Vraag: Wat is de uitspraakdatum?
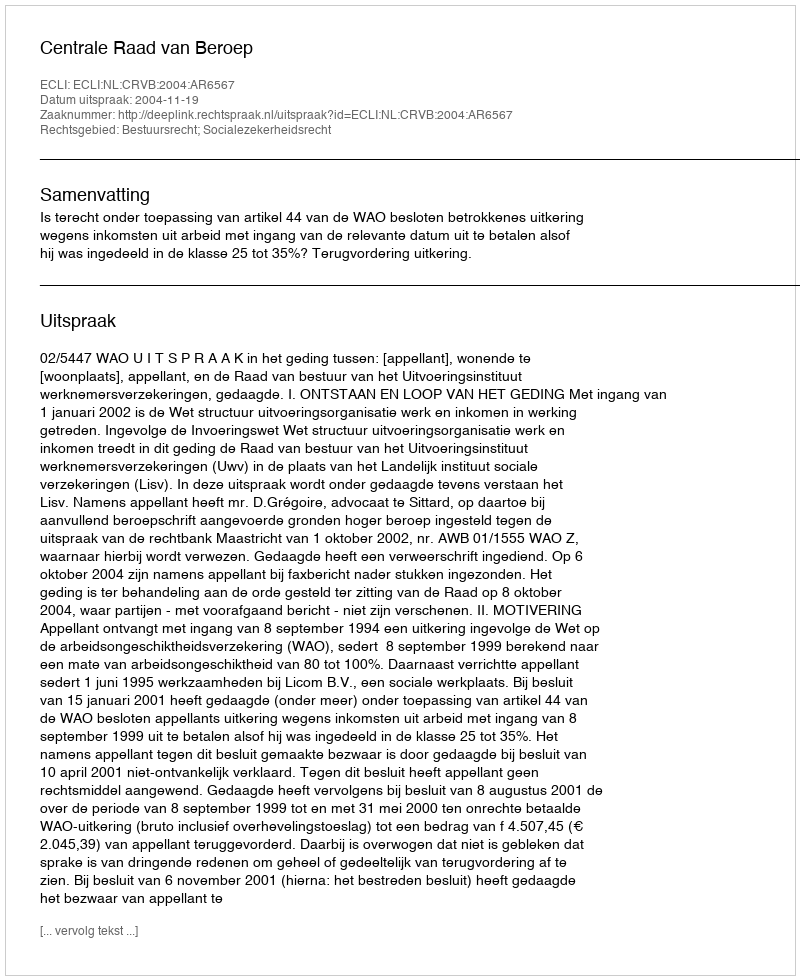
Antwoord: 2004-11-19